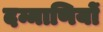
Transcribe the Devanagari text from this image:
दम्माणियों